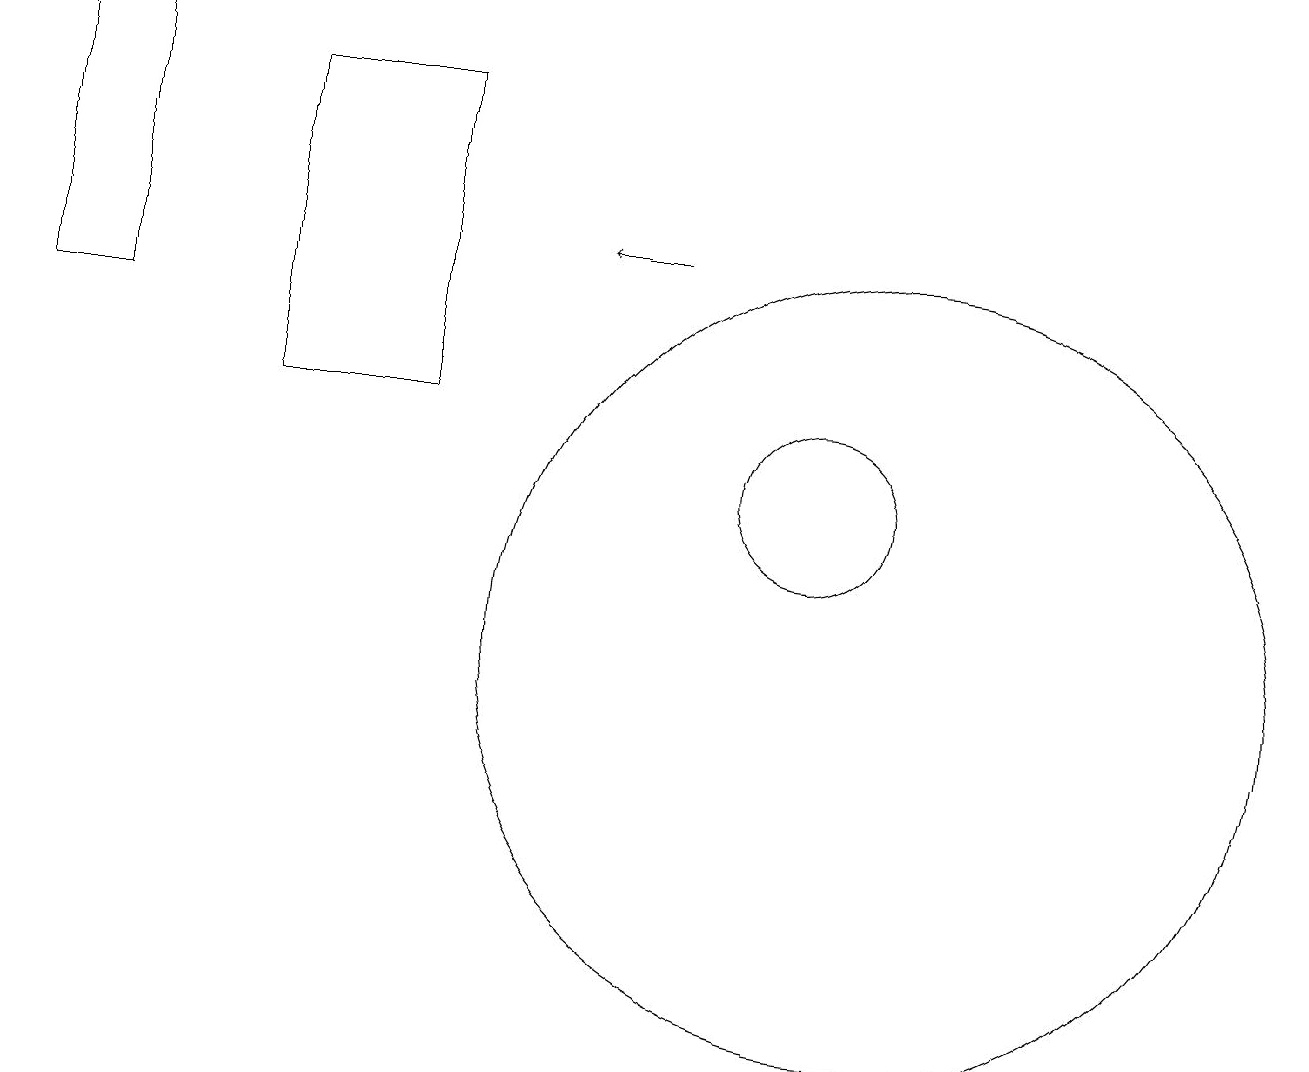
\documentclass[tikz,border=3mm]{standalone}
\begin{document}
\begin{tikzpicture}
\draw (11,10) circle (5);
\draw (10,12) circle (1);
\draw (3,13) rectangle (5,17);
\draw[->] (8,15) -- (7,15);
\draw (10,10) circle (0);
\draw (0,14) rectangle (1,18);
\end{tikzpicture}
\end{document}